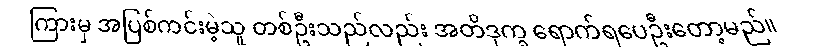
ကြားမှ အပြစ်ကင်းမဲ့သူ တစ်ဦးသည်လည်း အတိဒုက္ခ ရောက်ရပေဦးတော့မည်။